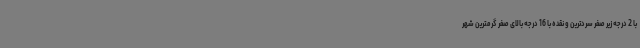
با 2 درجه زیر صفر سردترین و نقده با 16 درجه بالای صفر گرمترین شهر